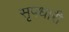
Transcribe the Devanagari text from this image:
सृपधारी